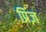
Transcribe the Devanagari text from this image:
प्रिंज़